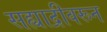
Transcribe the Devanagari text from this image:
सह्याद्रीवरून